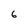
Character: 6